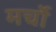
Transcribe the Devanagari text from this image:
मर्चो